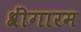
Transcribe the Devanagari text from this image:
श्रींगारम